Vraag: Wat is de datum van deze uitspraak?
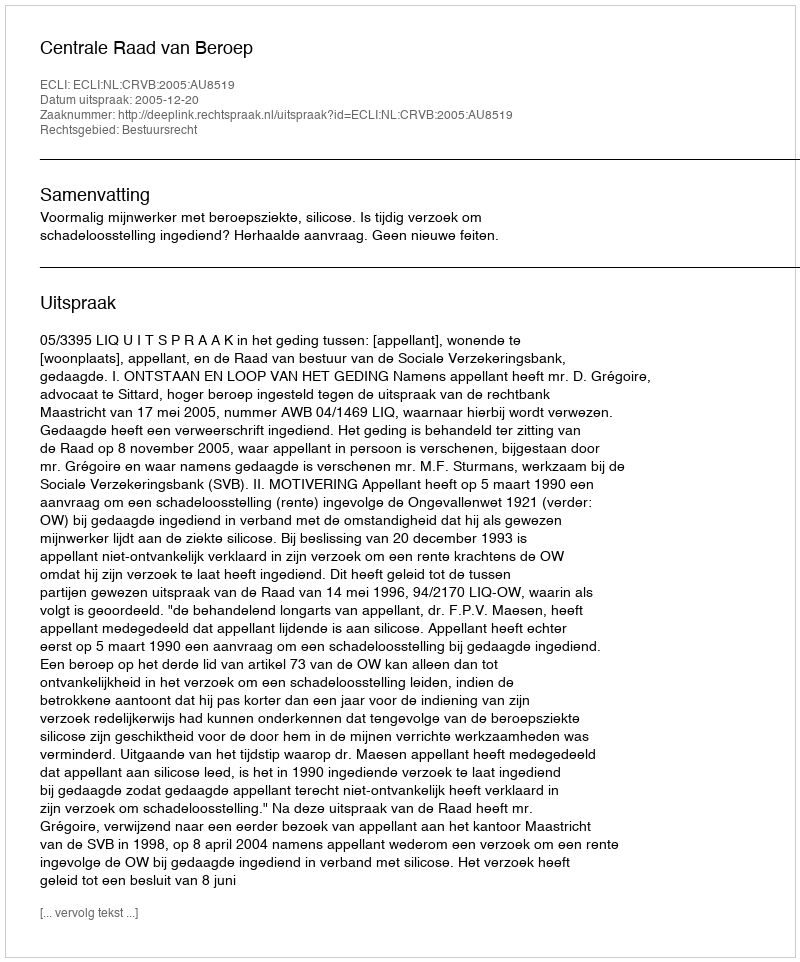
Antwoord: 2005-12-20